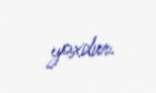
yoxdur.